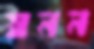
স্বনন